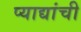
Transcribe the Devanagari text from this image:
प्याद्यांची